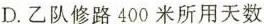
D.乙队修路400米所用天数